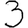
Digit: 3